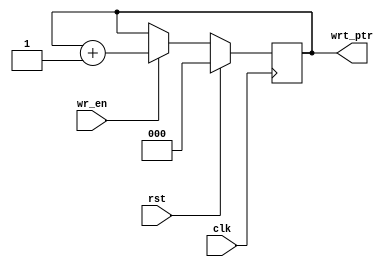
/* 
Parametrized FIFo Memory
Author: Mehran Goli
Version: 1.0
Date: 01-10-2020
*/


module write_ptr_module (input clk, rst, wr_en,
                       	 output reg [2:0] wrt_ptr);
  
  always @ (posedge clk) begin
    if (rst)
    	wrt_ptr <= 0;
  	else if (wr_en)
   		wrt_ptr <= wrt_ptr +1;
    else 
      	wrt_ptr <= wrt_ptr;
  end 
endmodule